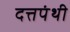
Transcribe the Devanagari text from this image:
दत्तपंथी